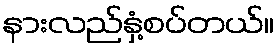
နားလည်နှံ့စပ်တယ်။